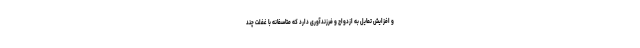
و افزایش تمایل به ازدواج و فرزندآوری دارد که متاسفانه با غفلت چند